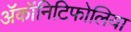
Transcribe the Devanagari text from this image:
ॲकॉनिटिफोलिया